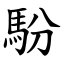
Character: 䭻